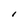
Character: l